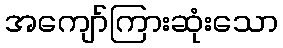
အကျော်ကြားဆုံးသော